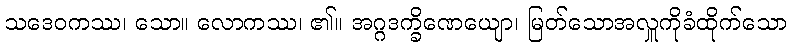
သဒေဝကဿ၊ သော။ လောကဿ၊ ၏။ အဂ္ဂဒက္ခိဏေယျော၊ မြတ်သောအလှူကိုခံထိုက်သော